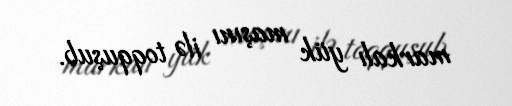
markalı yük maşını ilə toqquşub.